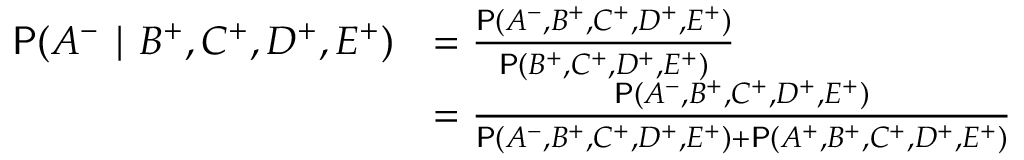
\def \P { \operatorname { \mathsf P } } \begin{array} { r l } { \P ( A ^ { - } \mid B ^ { + } , C ^ { + } , D ^ { + } , E ^ { + } ) } & { = \frac { \P ( A ^ { - } , B ^ { + } , C ^ { + } , D ^ { + } , E ^ { + } ) } { \P ( B ^ { + } , C ^ { + } , D ^ { + } , E ^ { + } ) } } \\ & { = \frac { \P ( A ^ { - } , B ^ { + } , C ^ { + } , D ^ { + } , E ^ { + } ) } { \P ( A ^ { - } , B ^ { + } , C ^ { + } , D ^ { + } , E ^ { + } ) + \P ( A ^ { + } , B ^ { + } , C ^ { + } , D ^ { + } , E ^ { + } ) } } \end{array}